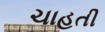
ચાહતી